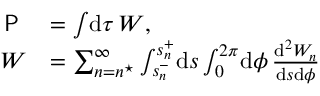
\begin{array} { r l } { \textsf { P } } & { = \int \! \mathrm { d } \tau \, W , } \\ { W } & { = \sum _ { n = n ^ { \star } } ^ { \infty } \int _ { s _ { n } ^ { - } } ^ { s _ { n } ^ { + } } \! \mathrm { d } s \int _ { 0 } ^ { 2 \pi } \! \mathrm { d } \phi \, \frac { \mathrm { d } ^ { 2 } W _ { n } } { \mathrm { d } s \mathrm { d } \phi } } \end{array}